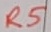
Text: R5